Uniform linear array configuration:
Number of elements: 8
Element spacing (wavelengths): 0.75
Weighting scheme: exponential
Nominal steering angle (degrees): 30
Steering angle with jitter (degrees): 31.511
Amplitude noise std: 0.05
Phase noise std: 0.05

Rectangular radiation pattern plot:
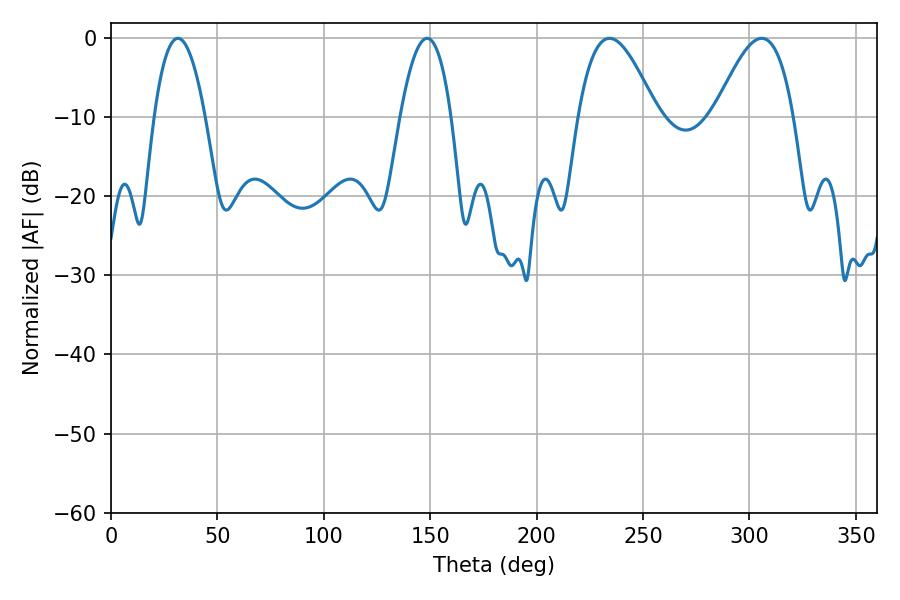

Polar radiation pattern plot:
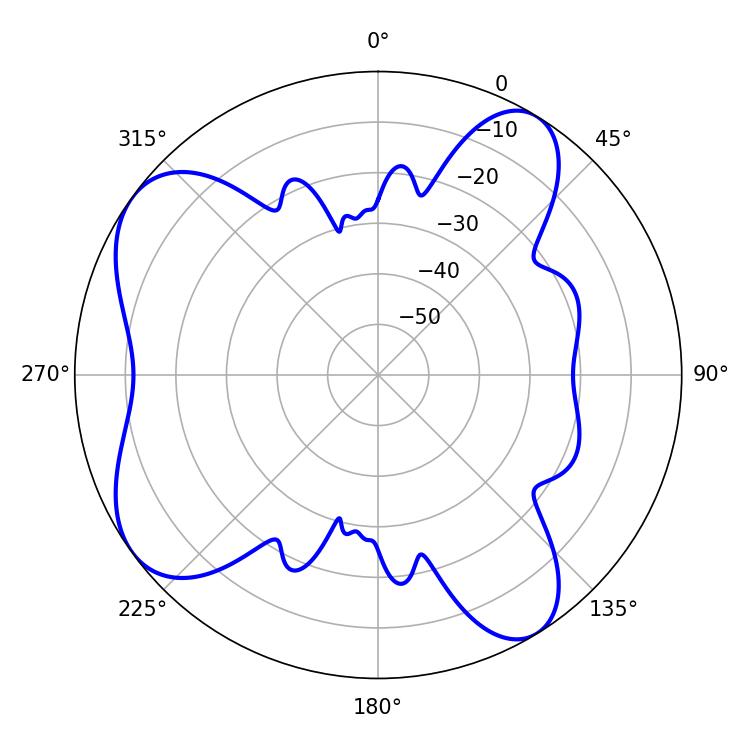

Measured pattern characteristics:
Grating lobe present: TRUE
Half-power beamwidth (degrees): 19.98
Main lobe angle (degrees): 234.18